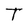
Character: T